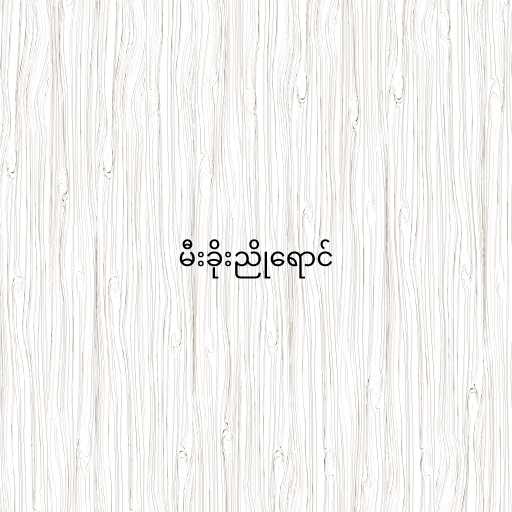
မီးခိုးညိုရောင်